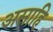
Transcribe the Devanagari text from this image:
असाहि